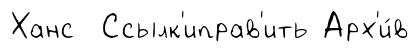
Ханс Ссылк'иправ'ить Арх'и́в